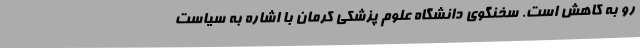
رو به کاهش است. سخنگوی دانشگاه علوم پزشکی کرمان با اشاره به سیاست